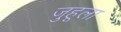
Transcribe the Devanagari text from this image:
जुहूला